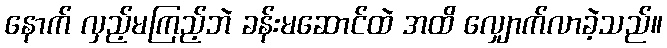
နောက် လှည့်မကြည့်ဘဲ ခန်းမဆောင်ထဲ အထိ လျှောက်လာခဲ့သည်။